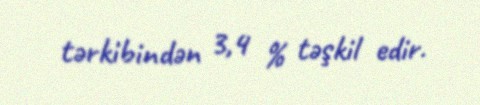
tərkibindən 3,4 % təşkil edir.